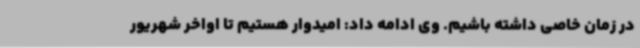
در زمان خاصی داشته باشیم. وی ادامه داد: امیدوار هستیم تا اواخر شهریور